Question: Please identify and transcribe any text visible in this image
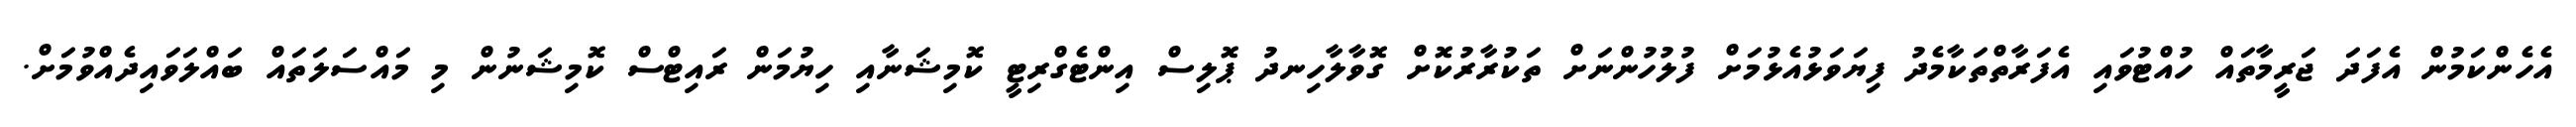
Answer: އެހެންކަމުން އެފަދަ ޖަރީމާތައް ހުއްޓުވައި އެފަރާތްތަކާމެދު ފިޔަވަޅުއެޅުމަށް ފުލުހުންނަށް ތަކުރާރުކޮށް ގޮވާލާހިނދު ޕޮލިސް އިންޓެގްރިޓީ ކޮމިޝަނާއި ހިޔުމަން ރައިޓްސް ކޮމިޝަނުން މި މައްސަލަތައް ބައްލަވައިދެއްވުމަށް.